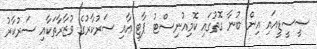
ސީސީޑީއައި އިން ބުނާ ގޮތުގައި ކޮމިއުނިސްޓު ޕާޓީ އާއި ސަރުކާރުގެ ވުޒާރާތަކާއި ސަރުކާރު